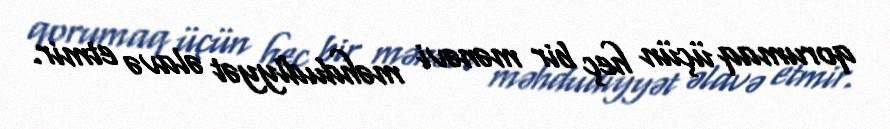
qorumaq üçün heç bir mənəvi məhdudiyyət əlavə etmir.